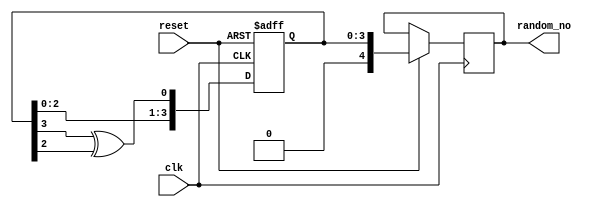
//LFSR - Linear feedback shift register

module random_no_gen #(parameter seed = 5'b00001)(random_no,clk,reset);

	output reg [4:0] random_no;
	input clk,reset;
	reg [4:0] im_data = seed;

	always @(posedge clk, negedge reset)
	begin
		if (!reset) im_data <= seed ;
		else
		begin
			im_data <= {im_data[2:0], im_data[3] ^ im_data[2]};
			random_no <= im_data;
		end
	end
endmodule